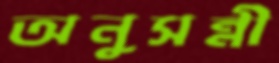
অনুসন্নী